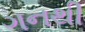
ગનથી